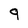
Character: q